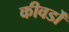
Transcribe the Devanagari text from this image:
कीवर्डों